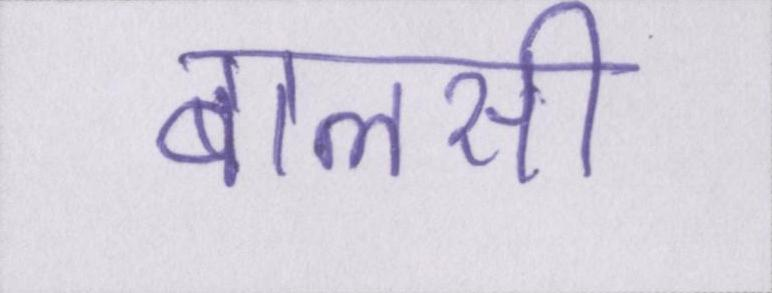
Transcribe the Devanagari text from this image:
बालसी